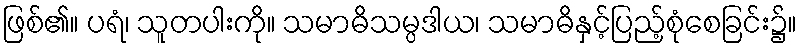
ဖြစ်၏။ ပရံ၊ သူတပါးကို။ သမာဓိသမ္ပဒါယ၊ သမာဓိနှင့်ပြည့်စုံစေခြင်း၌။